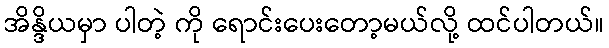
အိန္ဒိယမှာ ပါတဲ့ ကို ရောင်းပေးတော့မယ်လို့ ထင်ပါတယ်။